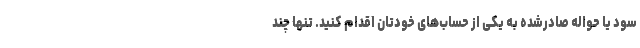
سود یا حواله صادرشده به یکی از حساب‌های خودتان اقدام کنید. تنها چند